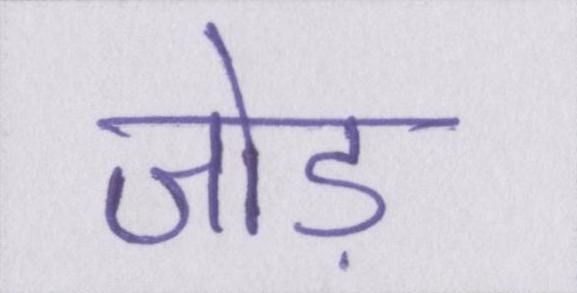
जोड़